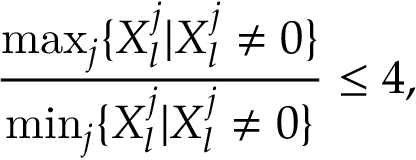
\frac { \operatorname* { m a x } _ { j } \{ X _ { l } ^ { j } | X _ { l } ^ { j } \neq 0 \} } { \operatorname* { m i n } _ { j } \{ X _ { l } ^ { j } | X _ { l } ^ { j } \neq 0 \} } \le 4 ,